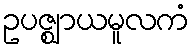
ဥပဇ္ဈာယမူလကံ